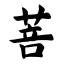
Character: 菩